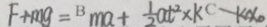
F + m g = B m a + \frac { 1 } { 2 } a t ^ { 2 } \times k ^ { c } k x _ { 0 }